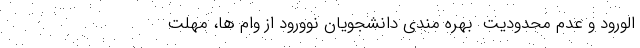
الورود و عدم محدودیت ِ بهره مندی دانشجویان نوورود از وام ها، مهلت